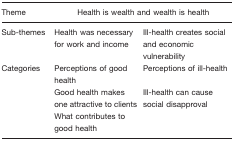
| Theme | <COLSPAN=2> Health is wealth and wealth is health |
 | --- | --- | --- |
 | Sub-themes | Health was necessary for work and income | Ill-health creates social and economic vulnerability |
 | Categories | Perceptions of good health | Perceptions of ill-health |
 |  | Good health makes one attractive to clients | Ill-health can cause social disapproval |
 |  | What contributes to good health |